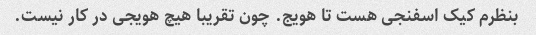
بنظرم کیک اسفنجی هست تا هویج. چون تقریبا هیچ هویجی در کار نیست.